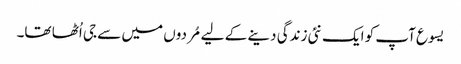
یسوع آپ کو ایک نئی زندگی دینے کے لیے مُردوں میں سے جی اُٹھا تھا۔